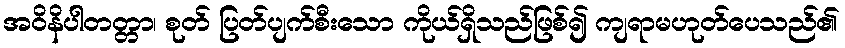
အဝိနိပါတတ္တာ၊ စုတ် ပြတ်ပျက်စီးသော ကိုယ်ရှိသည်ဖြစ်၍ ကျရာမဟုတ်ပေသည်၏